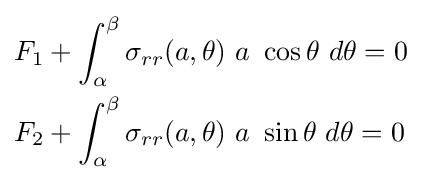
{\begin{aligned}F_{1}&+\int _{\alpha }^{\beta }\sigma _{rr}(a,\theta )~a~\cos \theta ~d\theta =0\\F_{2}&+\int _{\alpha }^{\beta }\sigma _{rr}(a,\theta )~a~\sin \theta ~d\theta =0\end{aligned}}